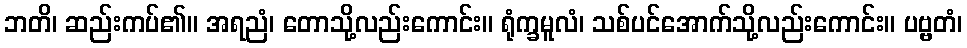
ဘတိ၊ ဆည်းကပ်၏။ အရညံ၊ တောသို့လည်းကောင်း။ ရုံက္ခမူလံ၊ သစ်ပင်အောက်သို့လည်းကောင်း။ ပဗ္ဗတံ၊